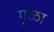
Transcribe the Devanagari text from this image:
गुळा